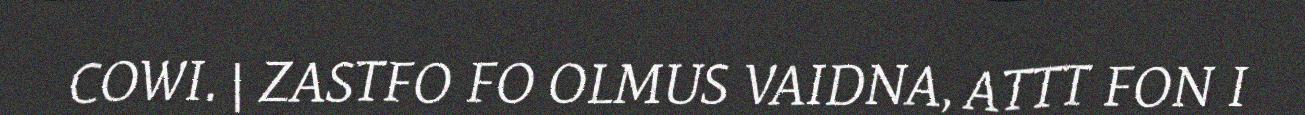
COWI. | ZASTFO FO OLMUS VAIDNA, ATTT FON I